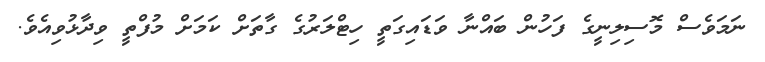
ނަމަވެސް މޮސިލިނީގެ ފަހުން ބައްނާ ވަޑައިގަތީ ހިޓްލަރުގެ ގާތަށް ކަމަށް މުފްތީ ވިދާޅުވިއެވެ.